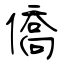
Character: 僑